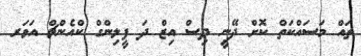
ތައް މަސައްކަތް ކޮށް ދޭނީ ދިސް އިޒް ދަ ފީލިންގް ކްއެންޗް އަވަރ